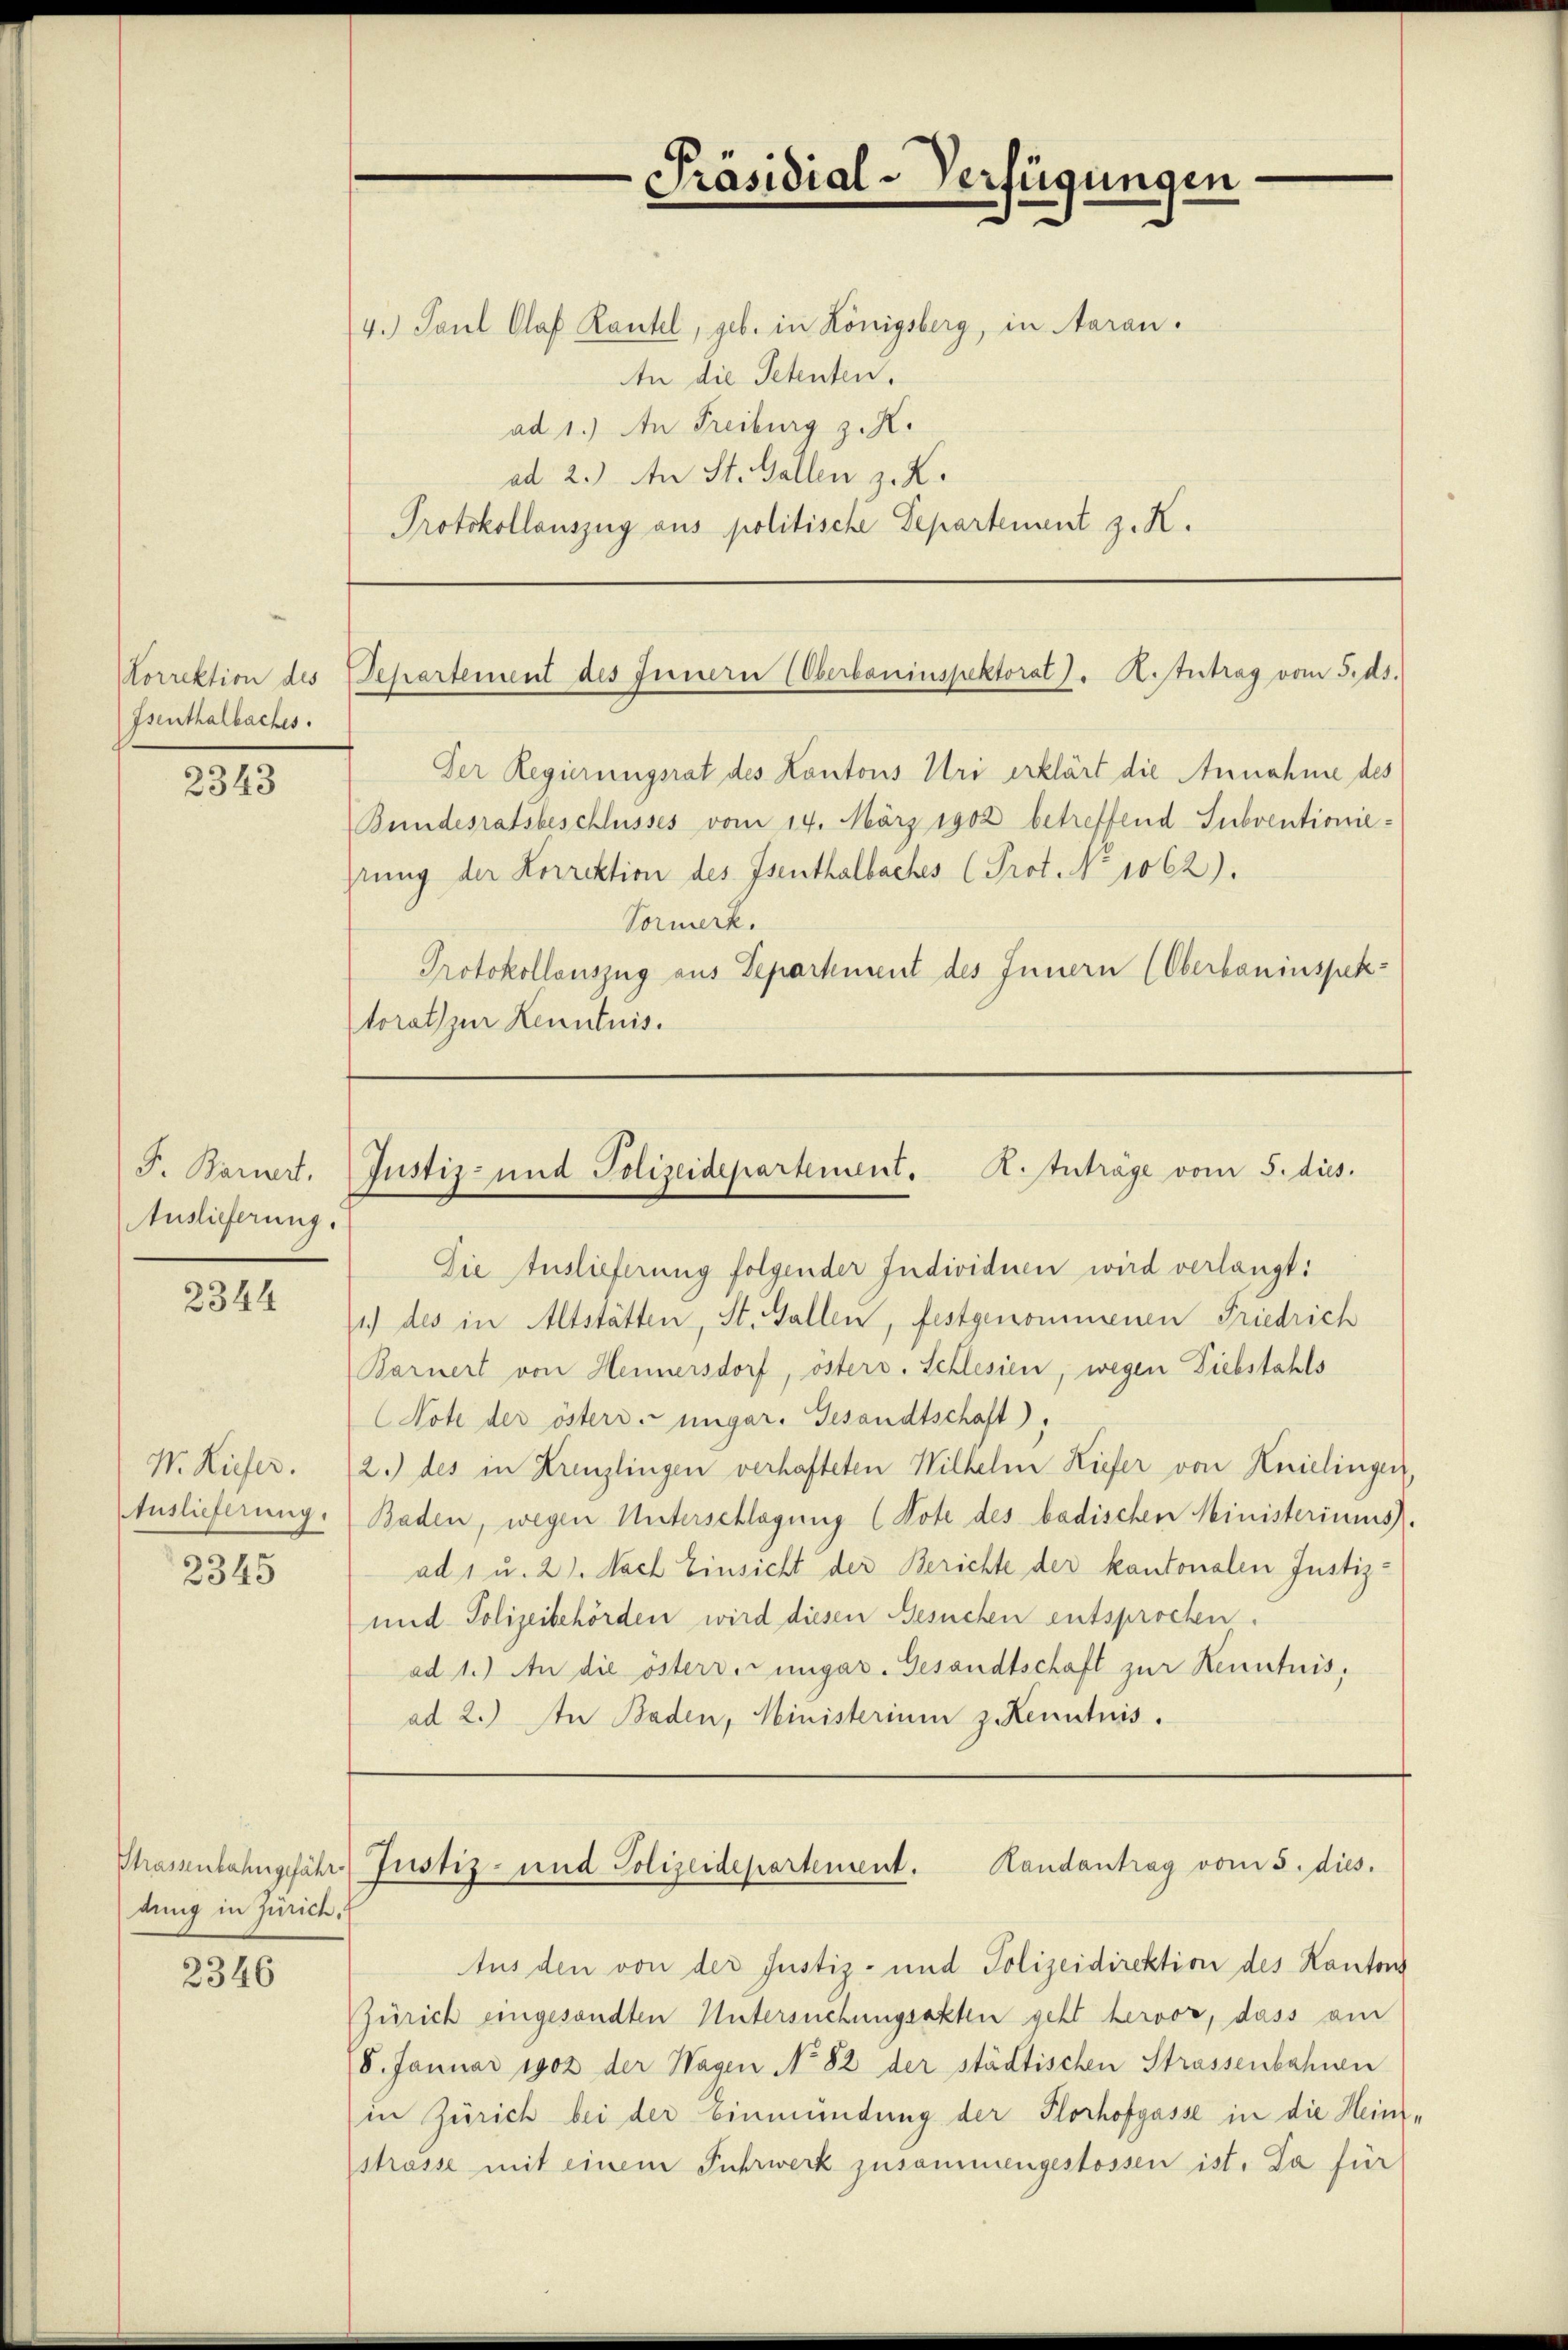
Lorrektion des
Isenthalbaches.

2343

F. Bariert,
Auslieferung.

2344

W. Kiefer.
Auslieferung.

2345

Phrassenbahngefähr
dung in Zürich,

2346

4. Paul Plaf Kantel, geb. in Königsberg, in Aaran.
An die Petenten.
ad 1.) An Freiburg z. R.
ad 2.) An St. Gallen z. K.
Protokollauszug aus politische Departement z. K.

Der Regierungsrat des Kantons Uri erklärt die Annahme des
Bundesratsbeschlusses vom 14. März 1902 betreffend Subventioniehrung der Korrektion des Isenthalbaches (Prot. No 1062).
Vormerk.
Protokollauszug aus Department des Innern (Oberbauinspektorat zur Kenntnis.

Die Auslieferung folgender Individuen wird verlangt:
1) des in Altstätten, St. Gallen, festgenommenen Friedrich
Barnert von Hennersdorf, östers. Schlesien, wegen Diebstahls
Note der östers ungar. Gesandtschaft),
2.) des in Kreuzlingen verhafteten Wilhelm Kiefer von Knielingen
Baden, wegen Unterschlagung (Note des badischen Ministeriums
ad 1 u. 21. Nach Einsicht der Berichte der kantonalen Justiz-
und Polizeibehörden wird diesen Besuchen entsprochen.
ad 1.) An die östers ungar. Gesandtschaft zur Kenntnis,
ad 2.) In Baden, Ministerium zu Kenntnis.

Präsidial-Verfügungen

Separtement des Innern (Oberbauinspektorat J. K.Antrag vom 5. ds.

Justiz- und Polizeidepartement. K. Inträge vom 5. dies.

Justiz- und Polizeidepartement. Handantrag vom 5. dies.

Aus den von der Justiz- und Polizeidirektion des Kantons
Zürich eingesandten Untersuchungsakten geht hervor, dass am
8. Januar 1902 der Wagen No 82 der städtischen Strassenbahnen
in Zürich bei der Einmündung der Plorhofgasse in die Heinstrasse mit einem Fuhrwerk zusammengestossen ist. Da für